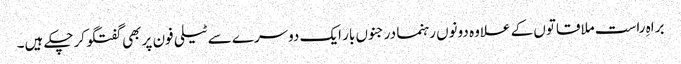
براہِ راست ملاقاتوں کے علاوہ دونوں رہنما درجنوں بار ایک دوسرے سے ٹیلی فون پر بھی گفتگو کرچکے ہیں۔